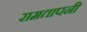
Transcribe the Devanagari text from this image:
रामतापनी